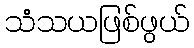
သံသယဖြစ်ဖွယ်